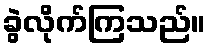
ခွဲလိုက်ကြသည်။